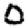
Digit: 0